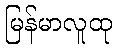
မြန်မာလူထု